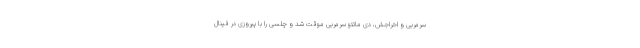
سرمربی و اخراجش، دی ماتئو سرمربی موقت شد و چلسی را با پیروزی در فینال